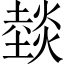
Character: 燅